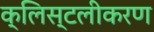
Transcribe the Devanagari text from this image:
क्लिस्टलीकरण